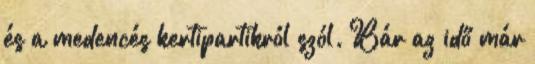
és a medencés kertipartikról szól. Bár az idő már